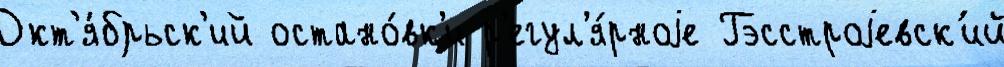
Окт'я́брьск'ий остано́вк'и р'егул'я́рноjе Гэсстроjевск'ий